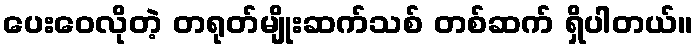
ပေးဝေလိုတဲ့ တရုတ်မျိုးဆက်သစ် တစ်ဆက် ရှိပါတယ်။